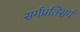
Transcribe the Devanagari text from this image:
सर्गप्रतिसर्ग